Insane asylums Bombay 1873-77 - 1873-1877
Year: 1873
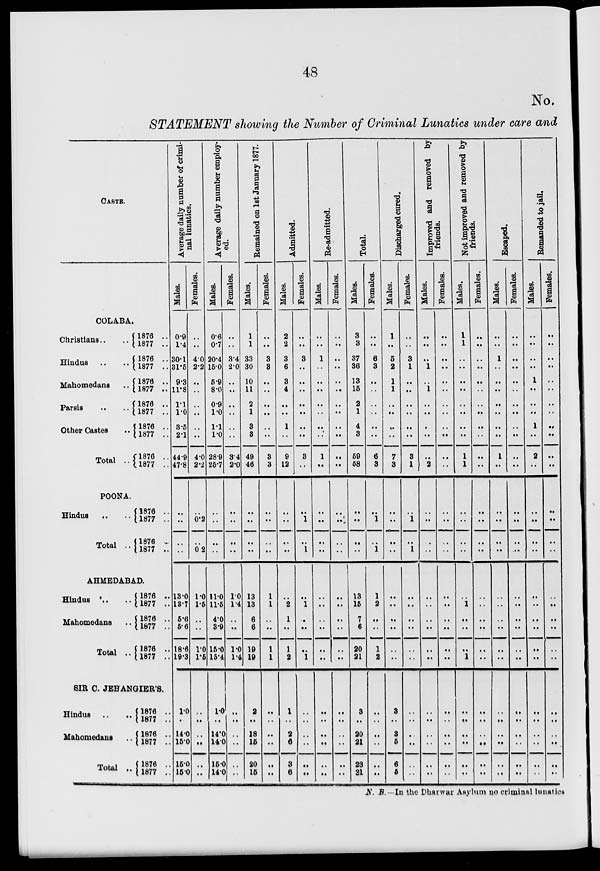
48
No.
STATEMENT showing the Number of Criminal Lunatics under care and
CASTE.
COLABA.
Christians .. ..
Hindus .. ..
Mahomedans ..
Parsis .. ..
Other Castes
..
Total ..
1876 ..
1877 ..
1876 ..
1877 ..
1876 ..
1877 ..
1876 ..
1877 ..
1876 ..
1877 ..
1876 ..
1877 ..
POONA.
Hindus .. ..
Total ..
1876 ..
1877 ..
1876 ..
1877 ..
AHMEDABAD.
Hindus
Mahomedans ..
Total ..
1876 ..
1877 ..
1876 ..
1877 ..
1876 ..
1877 ..
SIR C. JEHANGIER'S.
Hindus
..
..
Mahomedans ..
Total ..
1876 ..
1877 ..
1876 ..
1877 ..
1876 ..
1877 ..
Average daily number of crimi-
nal lunatics.
Males.
0.9
1.4
30.1
31.5
9.3
11.8
1.1
1.0
3.5
2.1
44.9
47.8
..
..
..
..
13.0
13.7
5.6
5.6
18.6
19.3
1.0
..
14.0
15.0
15.0
15.0
Females.
..
..
4.0
2.2
..
..
..
..
..
..
4.0
2.2
..
0.2
..
0.2
1.0
1.5
..
..
1.0
1.5
..
..
..
..
..
..
Average daily number employ-
ed.
Males.
0.6
0.7
20.4
15.0
5.9
8.0
0.9
1.0
1.1
1.0
28.9
25.7
..
..
..
..
11.0
11.5
4.0
3.9
15.0
15.4
1.0
..
14.0
14.0
15.0
14.0
Females.
..
..
3.4
2.0
..
..
..
..
..
..
3.4
2.0
..
..
..
..
1.0
1.4
..
..
1.0
1.4
..
..
..
..
..
..
Remained on 1st January 1877.
Males.
1
1
33
30
10
11
2
1
3
3
49
46
..
..
..
..
13
13
6
6
19
19
2
..
18
15
20
15
Females.
..
..
3
3
..
..
..
..
..
..
3
3
..
..
..
..
1
1
..
..
1
1
..
..
..
..
..
..
Admitted.
Males.
2
2
3
6
3
4
..
..
1
..
9
12
..
..
..
..
..
2
1
..
1
2
1
..
2
6
3
6
Females.
..
..
3
..
..
..
..
..
..
..
3
..
..
1
..
1
..
1
..
..
..
1
..
..
..
..
..
..
Re-admitted.
Males.
..
..
1
..
..
..
..
..
..
..
1
..
..
..
..
..
..
..
..
..
..
..
..
..
..
..
..
..
Females.
..
..
..
..
..
..
..
..
..
..
..
..
..
..
..
..
..
..
..
..
..
..
..
..
..
..
..
..
Total.
Males.
3
3
37
36
13
15
2
1
4
3
59
58
..
..
..
..
13
15
7
6
20
21
3
..
20
21
23
21
Females.
..
..
6
3
..
..
..
..
..
..
6
3
..
1
..
1
1
2
..
..
1
2
..
..
..
..
..
..
Discharged cured.
Males.
1
..
5
2
1
1
..
..
..
..
7
3
..
..
..
..
..
..
..
..
..
..
3
..
3
5
6
5
Females.
..
..
3
1
..
..
..
..
..
..
3
1
..
1
..
1
..
..
..
..
..
..
..
..
..
..
..
..
Improved and removed by
friends.
Males.
..
..
..
1
..
1
..
..
..
..
..
2
..
..
..
..
..
..
..
..
..
..
..
..
..
..
..
..
Females.
..
..
..
..
..
..
..
..
..
..
..
..
..
..
..
..
..
..
..
..
..
..
..
..
..
..
..
..
Not improved and removed by
friends.
Males.
1
1
..
..
..
..
..
..
..
..
1
1
..
..
..
..
..
1
..
..
..
1
..
..
..
..
..
..
Females.
..
..
..
..
..
..
..
..
..
..
..
..
..
..
..
..
..
..
..
..
..
..
..
..
..
..
..
..
Escaped.
Males.
..
..
1
..
..
..
..
..
..
..
1
..
..
..
..
..
..
..
..
..
..
..
..
..
..
..
..
..
Females.
..
..
..
..
..
..
..
..
..
..
..
..
..
..
..
..
..
..
..
..
..
..
..
..
..
..
..
..
Remanded to jail.
Males.
..
..
..
..
1
..
..
..
1
..
2
..
..
..
..
..
..
..
..
..
..
..
..
..
..
..
..
..
Females.
..
..
..
..
..
..
..
..
..
..
..
..
..
..
..
..
..
..
..
..
..
..
..
..
..
..
..
..
N. B. —In the Dharwar Asylum no criminal lunatics